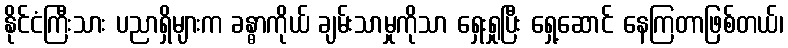
နိုင်ငံကြီးသား ပညာရှိများက ခန္ဓာကိုယ် ချမ်းသာမှုကိုသာ ရှေးရှုပြီး ရှေ့ဆောင် နေကြတာဖြစ်တယ်၊